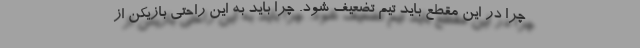
چرا در این مقطع باید تیم تضعیف شود. چرا باید به این راحتی بازیکن از